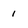
Character: 1